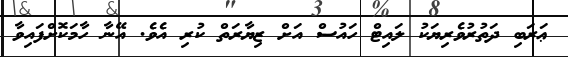
ޢަރަބި ދަތުރުވެރިޔަކު ލައިޓް ހައުސް އަށް ޒިޔާރަތް ކުރި އެވެ. އޭނާ ހާމަކޮށްފައިވާ